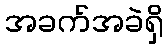
အခက်အခဲရှိ